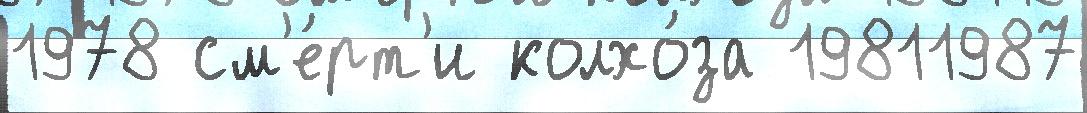
1978 см'е́рт'и колхо́за 19811987